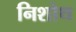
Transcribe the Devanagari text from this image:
निशोथ